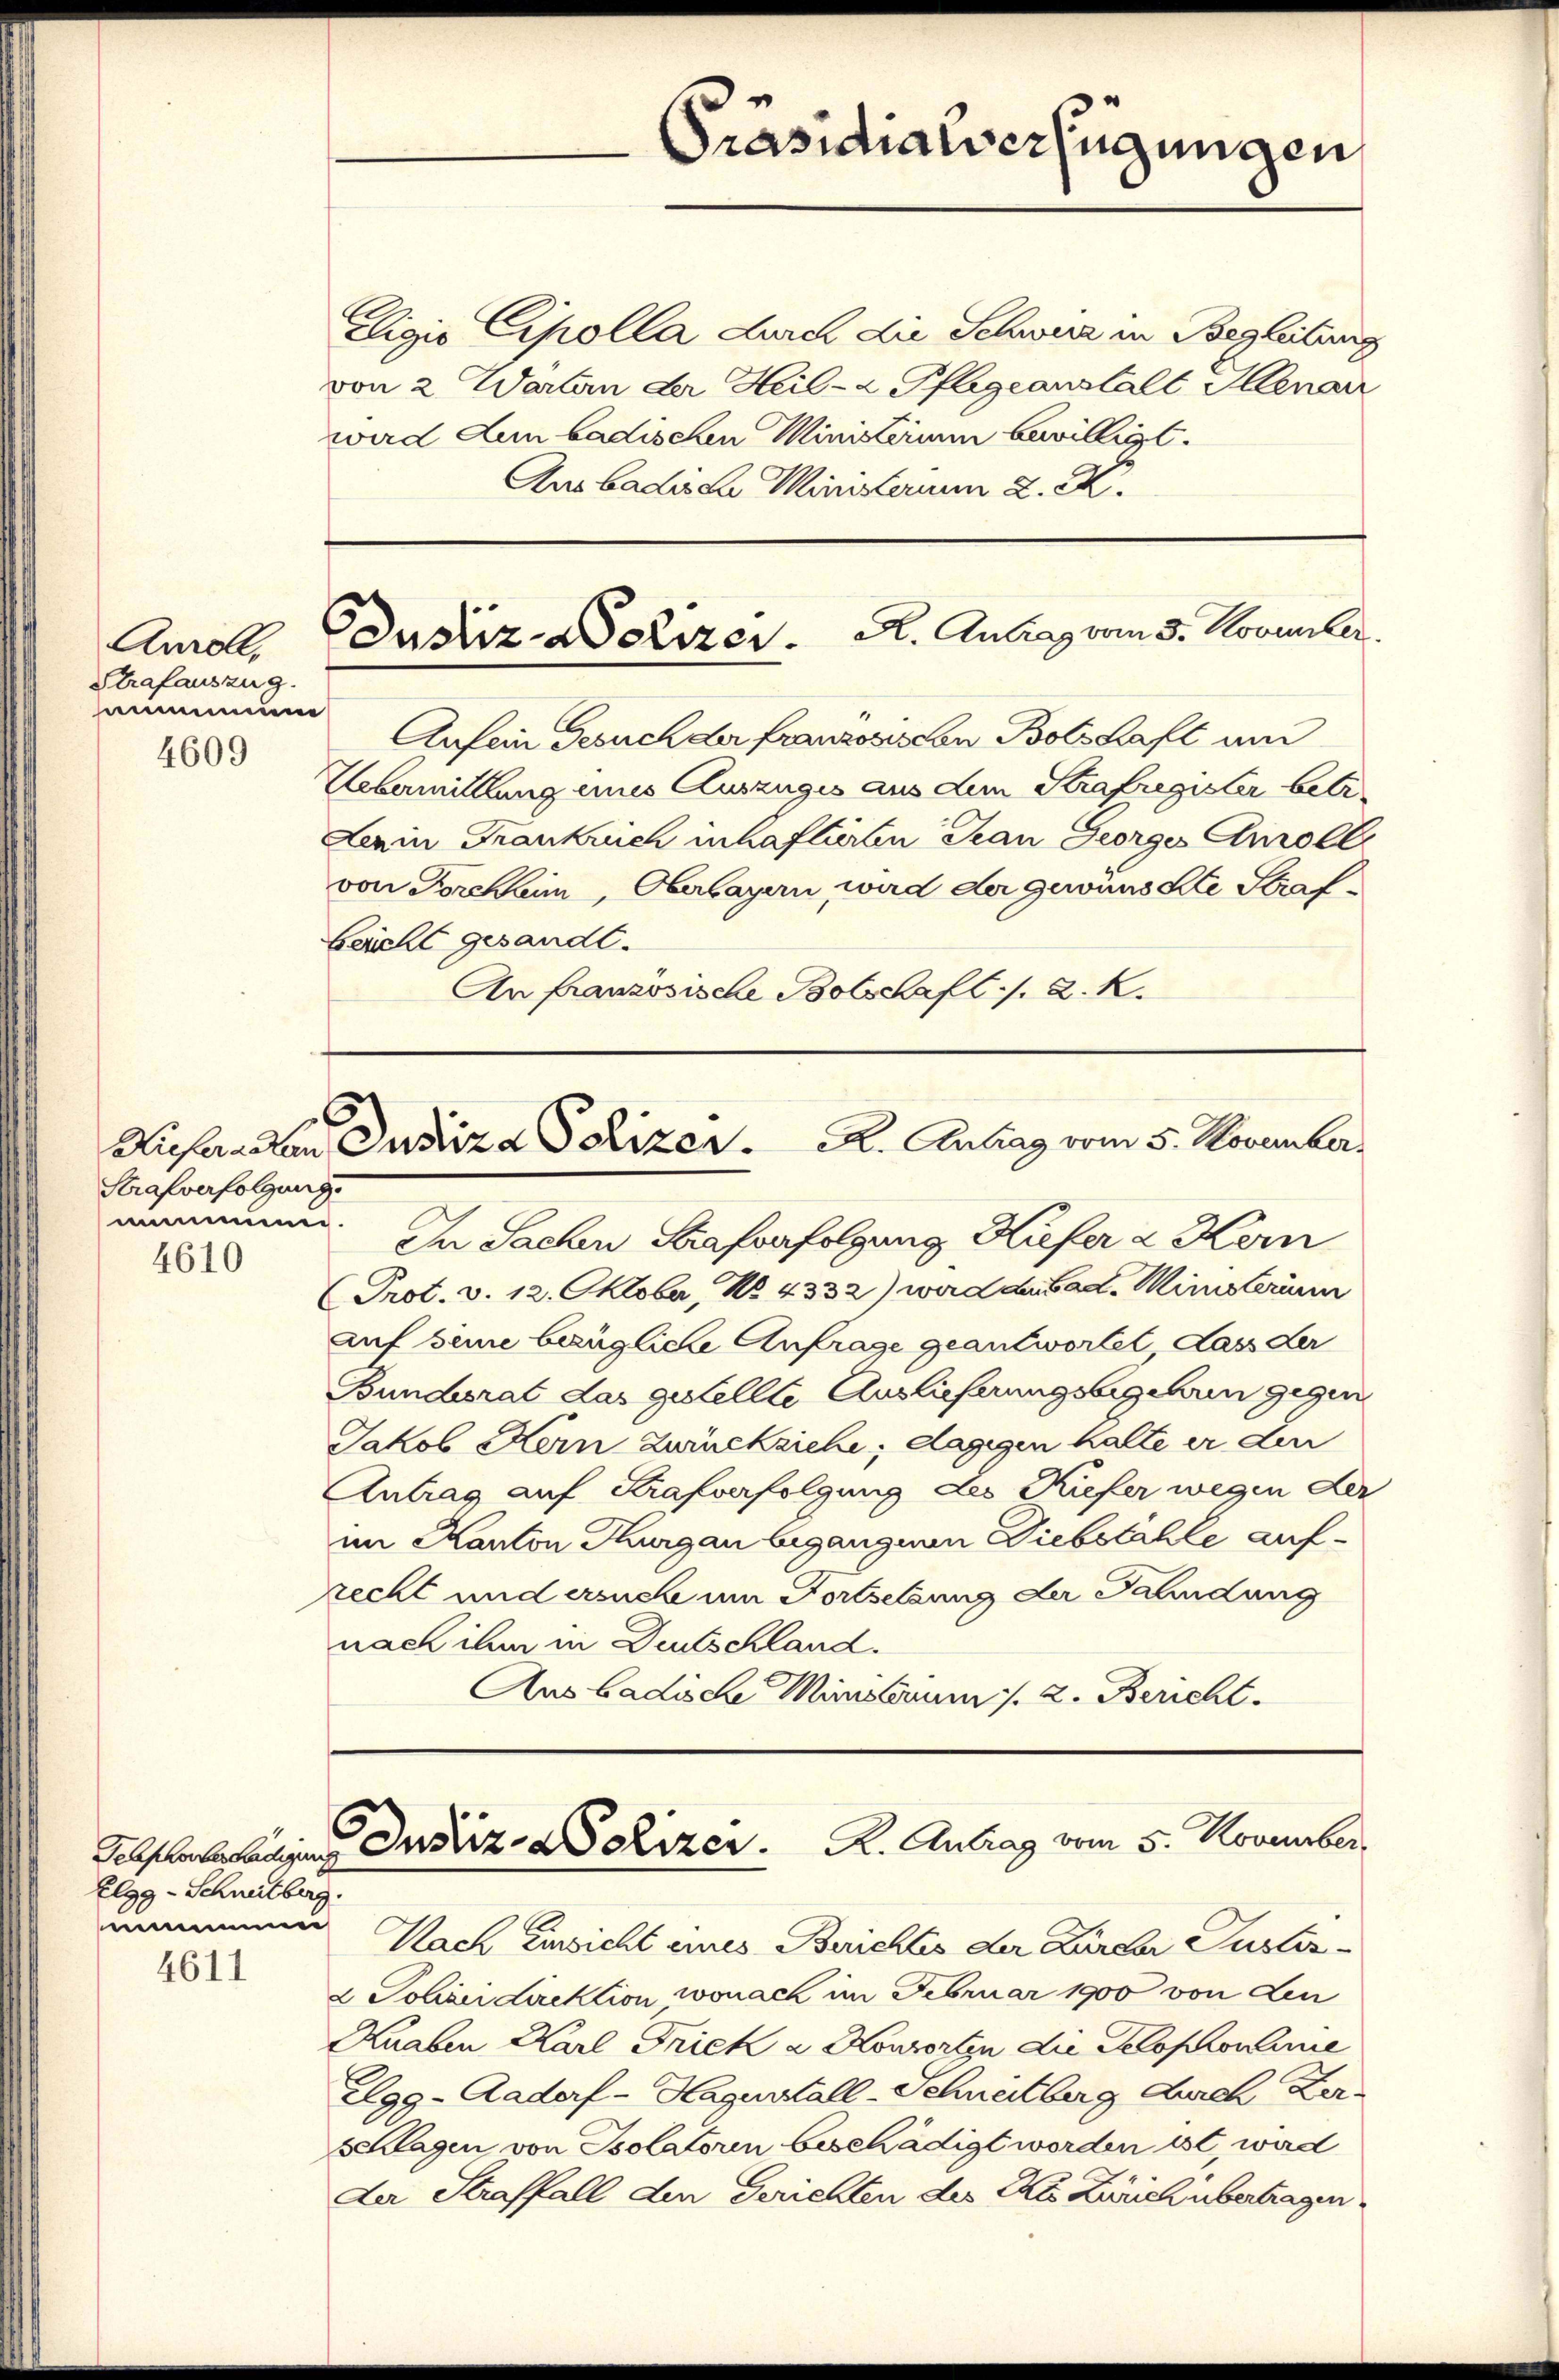
Anroll,
Strafauszug.
mmmun
4609

4611

Strafverfolgung.
nummen.
4610

Elgg - Schneitberg.
m

eligio Cipolla durch die Schwere in Begleitung
von 2 Wartern der Heil- & Pflegeanstalt Ilenar
ward Lun badischen Ministerium bewilligt.
Aus badische Ministerim 2. X.

Dustiz- Polizer. A. Antrag vom 5. November.

Aufein Gesuch der franzosischen Botschaft und
Uebermittlung eines Auszuges aus dem Strafregister betr.
Lerin Frankrich inhaftirten Jean Georges Amoll
von Forchheim, Oberbayern, wird der gewünschte Straf¬
Leicht gesandt.
An französische Botschaft ./. K. K.

C

In Sachen Strafverfolgung Kiefer 2 Kern
Prot. v. 12. Oktober, No. 4332) ward der bad. Ministerium
auf seine bezügliche Anfrage geantwortet dass der
Bundesrat das gestellte Auslieferungsbegehren gegen
Jakob Kein zwecksiche; dagegen halte er den
Antrag auf Krafverfolgung des Kiefer wegen der
im Kanton Thurgau begangnen Diebstahle aufrecht und ersuch um Fortsetzung der Fahndung
nach ihm in Deutschland.
Aus badische Ministorum 1. 2. Bericht.

Präsidialverfügungen

Liefen den Justiz a Seizer.     A. Antrag vom 5. November

Schsoberladung Justiz- Polizer. K. Antrag vom 5. November

Nach Einsicht eines Berichtes der Zurer Puster¬
2 Polizeidirektion wonach im Februar 1900 von den
Knaben Karl Frick u. Konsorten die Selophronimie
Elgg-Aadorf - Hagunstall-Schneitberg durch Zerschlagen von Isolatoren beschädigt worden ist wird
Der Straffall den Gerichten des Kts Zürich übertragen